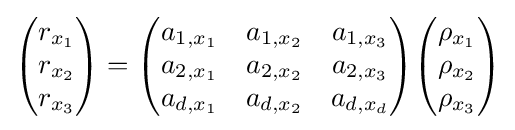
{\begin{pmatrix}r_{x_{1}}\\r_{x_{2}}\\r_{x_{3}}\end{pmatrix}}={\begin{pmatrix}a_{1,x_{1}}&a_{1,x_{2}}&a_{1,x_{3}}\\a_{2,x_{1}}&a_{2,x_{2}}&a_{2,x_{3}}\\a_{d,x_{1}}&a_{d,x_{2}}&a_{d,x_{d}}\end{pmatrix}}{\begin{pmatrix}\rho _{x_{1}}\\\rho _{x_{2}}\\\rho _{x_{3}}\end{pmatrix}}